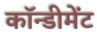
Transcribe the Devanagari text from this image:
कॉन्डीमेंट